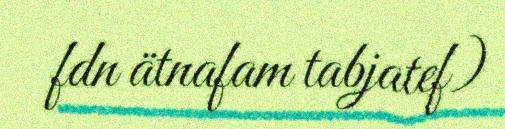
fdn ätnafam tabjatef)